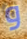
و